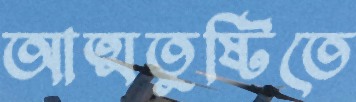
আত্মতুষ্টিতে